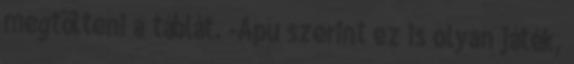
megtölteni a táblát. -Apu szerint ez is olyan játék,